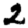
Digit: 2